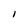
Character: 1